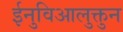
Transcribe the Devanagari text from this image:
ईनुविआलुक्तुन